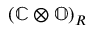
( \mathbb { C } \otimes \mathbb { O } ) _ { R }